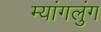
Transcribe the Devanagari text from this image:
म्यांगलुंग